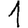
Digit: 1